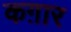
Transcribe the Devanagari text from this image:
कग़ार